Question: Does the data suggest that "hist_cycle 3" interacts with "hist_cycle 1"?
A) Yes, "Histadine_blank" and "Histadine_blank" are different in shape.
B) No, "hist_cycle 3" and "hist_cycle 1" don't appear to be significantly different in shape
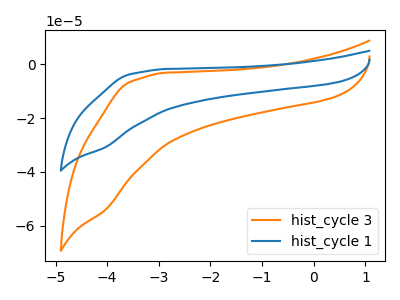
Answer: <think>The orange curve "hist_cycle 3" has no peaks. The blue curve "hist_cycle 1" has no peaks.
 Neither "hist_cycle 3" or "hist_cycle 1" have any peaks.</think>
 <answer>B) No, "hist_cycle 3" and "hist_cycle 1" don't appear to be significantly different in shape</answer>
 <eval>B</eval>